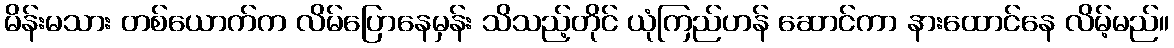
မိန်းမသား တစ်ယောက်က လိမ်ပြောနေမှန်း သိသည့်တိုင် ယုံကြည်ဟန် ဆောင်ကာ နားထောင်နေ လိမ့်မည်။